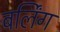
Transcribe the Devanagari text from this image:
बर्लिंग